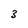
Character: 3